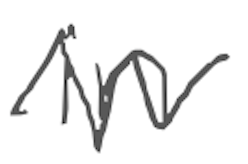
Text: in
Cross-out: zig-zag
Writing tool: digital_gray